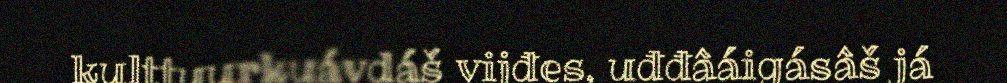
kulttuurkuávdáš vijđes, uđđâáigásâš já